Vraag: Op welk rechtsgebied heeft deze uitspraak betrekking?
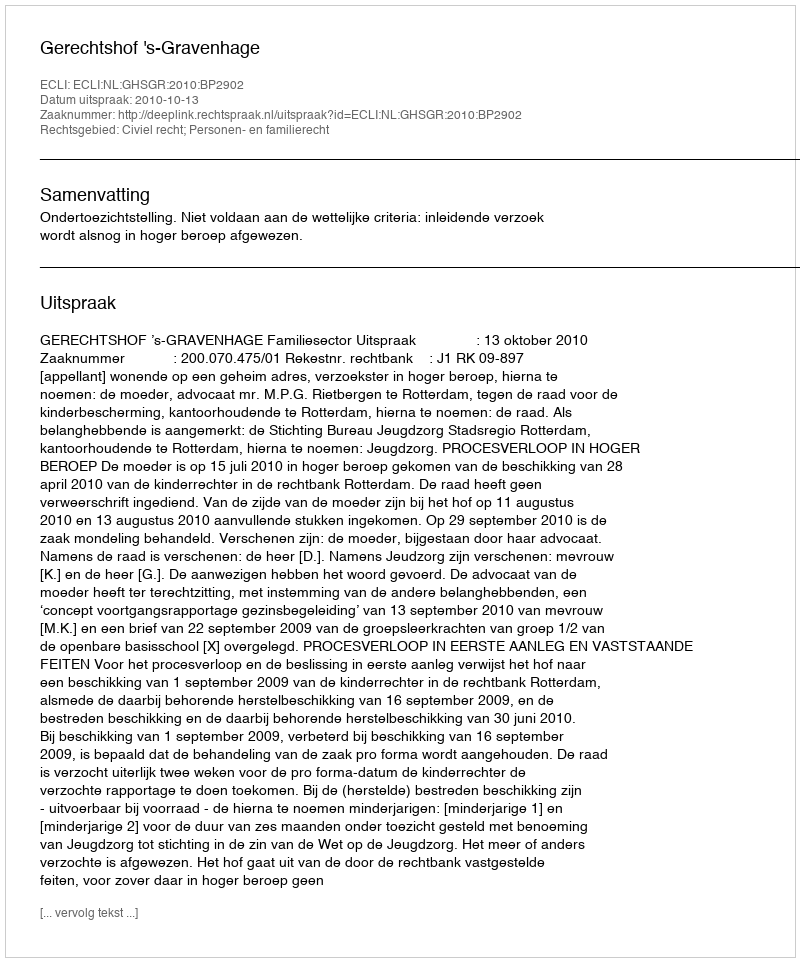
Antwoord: Civiel recht; Personen- en familierecht